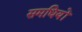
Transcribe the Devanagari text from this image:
समधियों